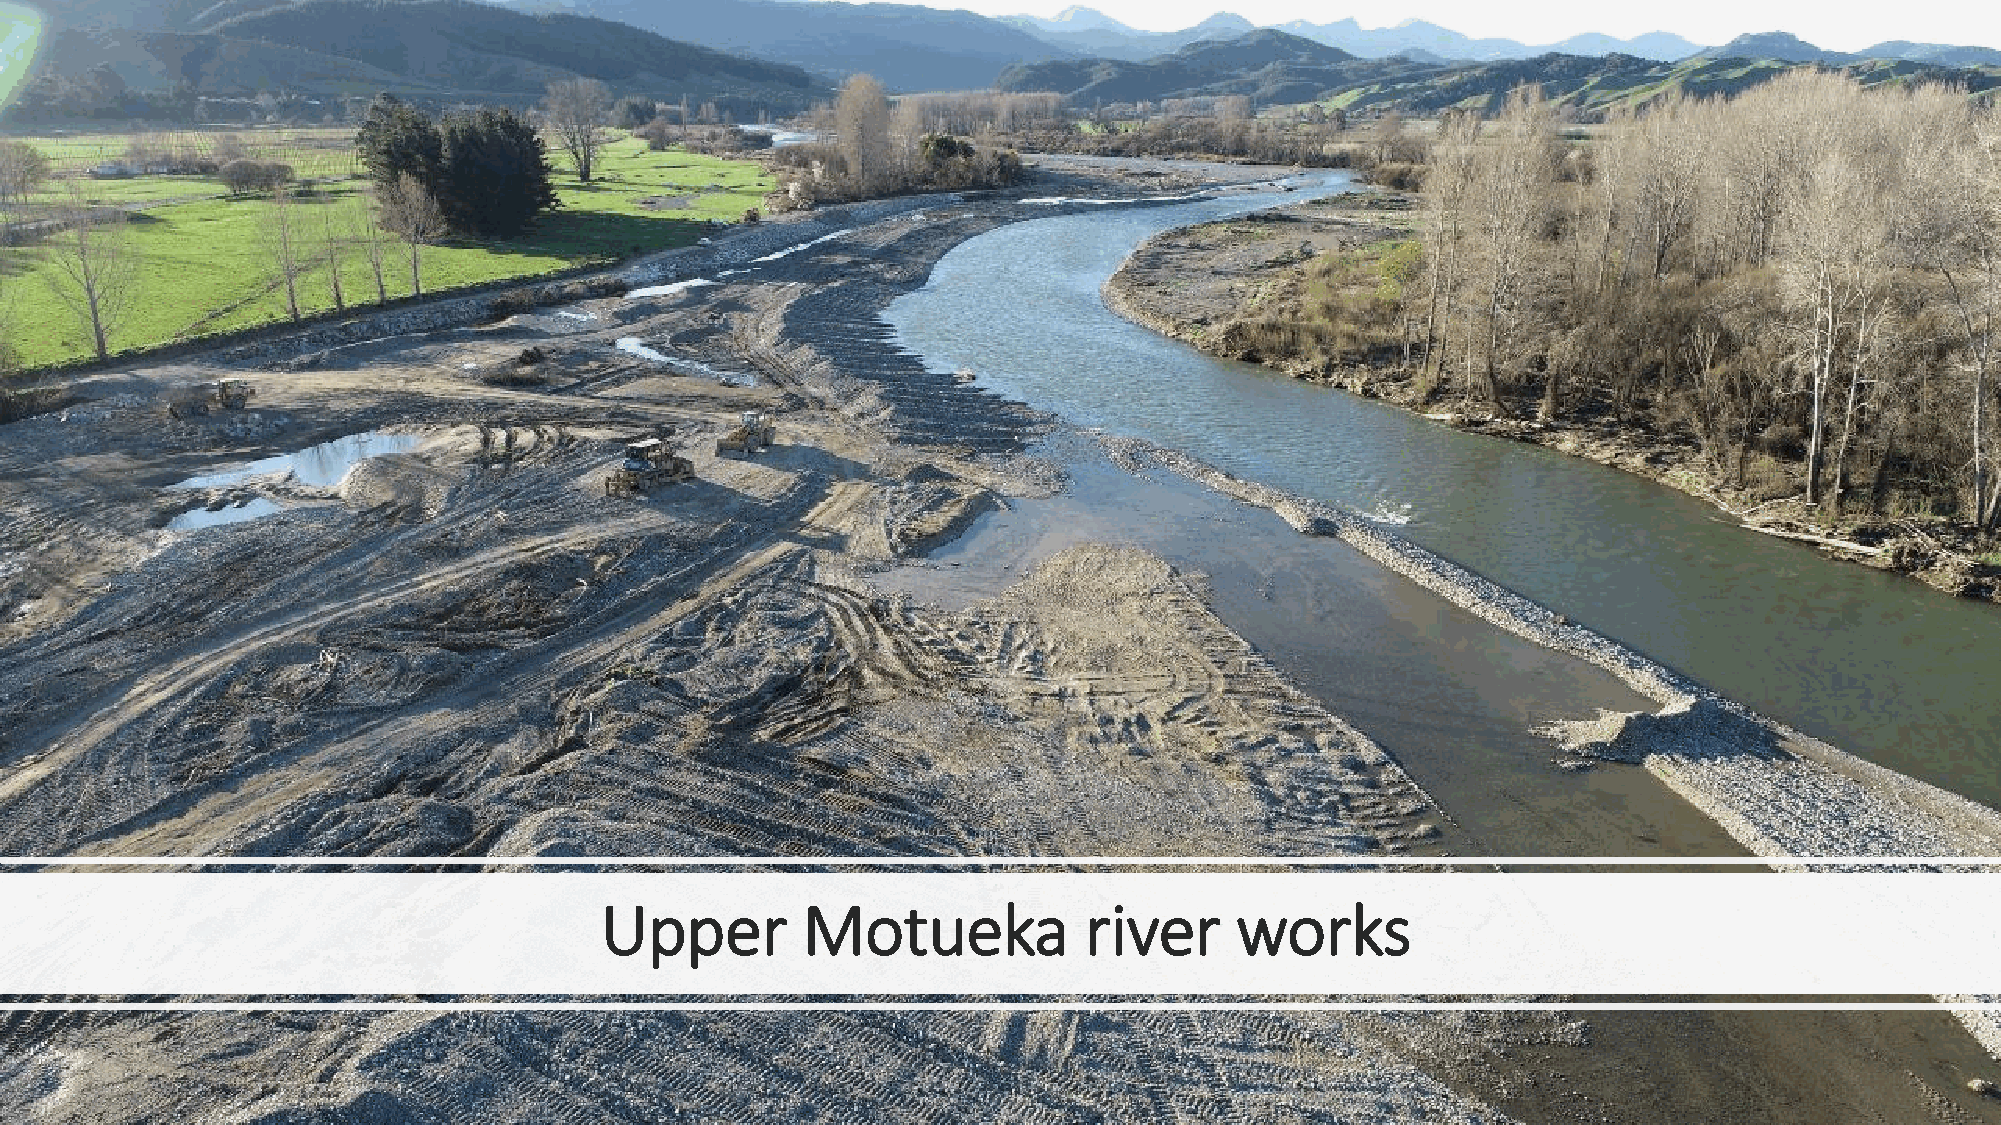
Upper        Motueka            river     works